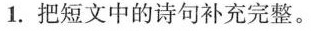
1.把短文中的诗句补充完整。